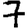
Digit: 7